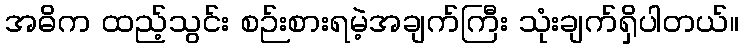
အဓိက ထည့်သွင်း စဉ်းစားရမဲ့အချက်ကြီး သုံးချက်ရှိပါတယ်။